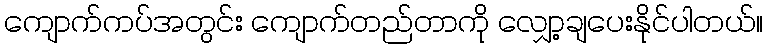
ကျောက်ကပ်အတွင်း ကျောက်တည်တာကို လျှော့ချပေးနိုင်ပါတယ်။